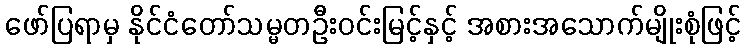
ဖော်ပြရာမှ နိုင်ငံတော်သမ္မတဦးဝင်းမြင့်နှင့် အစားအသောက်မျိုးစုံဖြင့်